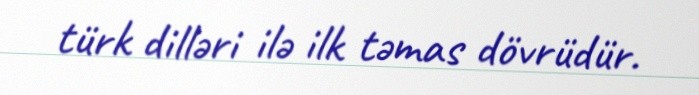
türk dilləri ilə ilk təmas dövrüdür.